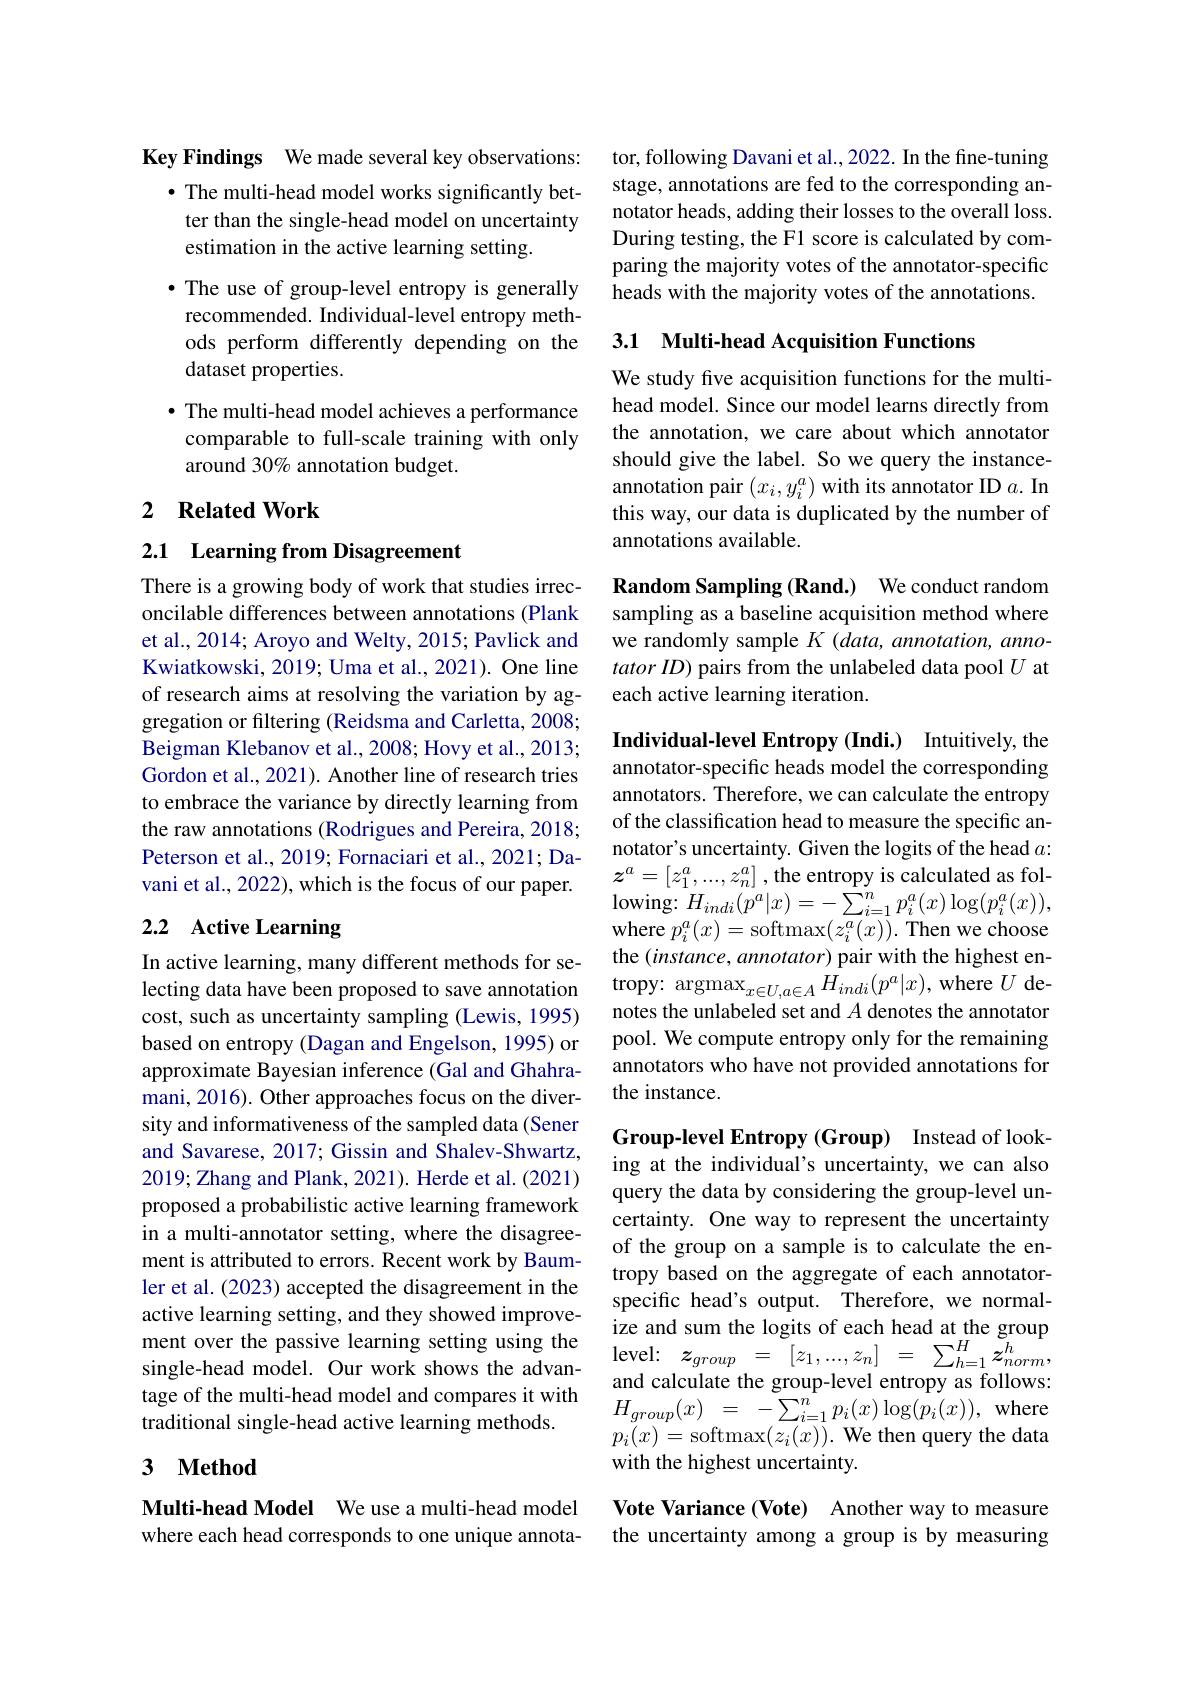
Key Findings We made several key observations:
· The multi-head model works significantly better than the single-head model on uncertainty estimation in the active learning setting.

$•$ The use of group-level entropy is generally recommended. Individual-level entropy methods perform differently depending on the dataset properties.
· The multi-head model achieves a performance comparable to full-scale training with only around 30% annotation budget.

## 2 $\textbf{Related Work}$

2.1 Learning from Disagreement

There is a growing body of work that studies irreconcilable differences between annotations (Plank et al., 2014; Aroyo and Welty, 2015; Pavlick and Kwiatkowski, 2019; Uma et al., 2021). One line of research aims at resolving the variation by aggregation or filtering (Reidsma and Carletta, 2008; Beigman Klebanov et al., 2008; Hovy et al., 2013; Gordon et al., 2021). Another line of research tries to embrace the variance by directly learning from the raw annotations (Rodrigues and Pereira, 2018; Peterson et al., 2019; Fornaciari et al., 2021; Davani et al., 2022), which is the focus of our paper.

## 2.2 Active Learning

In active learning, many different methods for secost, such as uncertainty sampling (Lewis, 1995) based on entropy (Dagan and Engelson, 1995) or approximate Bayesian inference (Gal and Ghahramani, 2016). Other approaches focus on the diversity and informativeness of the sampled data (Sener and Savarese, 2017; Gissin and Shalev-Shwartz, 2019; Zhang and Plank, 2021). Herde et al. (2021) proposed a probabilistic active learning framework in a multi-annotator setting, where the disagreement is attributed to errors. Recent work by Baumler et al. (2023) accepted the disagreement in the active learning setting, and they showed improvement over the passive learning setting using the single-head model. Our work shows the advantage of the multi-head model and compares it with traditional single-head active learning methods.

## 3 $\textbf{Method}$

Multi-head Model We use a multi-head model where each head corresponds to one unique annota-

tor, following Davani et al., 2022. In the fine-tuning stage, annotations are fed to the corresponding annotator heads, adding their losses to the overall loss. During testing, the F1 score is calculated by comparing the majority votes of the annotator-specific heads with the majority votes of the annotations.

## 3.1 Multi-head Acquisition Functions

We study five acquisition functions for the multihead model. Since our model learns directly from the annotation, we care about which annotator should give the label. So we query the instanceannotation pair $(x_i,y_i^a)$ with its annotator ID $a.$ In this way, our data is duplicated by the number of annotations available.

Random Sampling (Rand.) We conduct random sampling as a baseline acquisition method where we randomly sample $K$ (data, annotation, annotator ID) pairs from the unlabeled data pool $U$ at each active learning iteration.

Individual-level Entropy (Indi.) Intuitively, the annotator-specific heads model the corresponding annotators. Therefore, we can calculate the entropy of the classification head to measure the specific annotator's uncertainty. Given the logits of the head $a:$ $z^a=[z_1^a,...,z_n^a]$ ,the entropy is calculated as fol- $\operatorname{lowing:}H_{indi}(p^{a}|x)=-\sum_{i=1}^{n}p_{i}^{a}(x)\log(p_{i}^{a}(x))$, where $p_i^a(x)=$softmax$(z_i^a(x)).$ Then we choose the $(instance,annotator)$ pair with the highest en-
lecting data have been proposed to save annotation tropy: $\operatorname*{argmax}_{x\in U,a\in A}H_{indi}(p^a|x)$, where $U$ de-
notes the unlabeled set and $A$ denotes the annotator pool. We compute entropy only for the remaining annotators who have not provided annotations for the instance.

Group-level Entropy (Group) Instead of looking at the individual's uncertainty, we can also query the data by considering the group-level uncertainty. One way to represent the uncertainty of the group on a sample is to calculate the entropy based on the aggregate of each annotatorspecific head's output. Therefore, we normalize and sum the logits of each head at the group ${\mathrm{level: }}$ $z_{group}$ = $[ z_{1}, . . . , z_{n}]$ = $\sum _{h= 1}^{H}z_{norm}^{h}$, and calculate the group-level entropy as follows: $H_{group}( x)$ = $- \sum _{i= 1}^{n}p_{i}( x) \log ( p_{i}( x) ) $,where $p_{i}(x)=$softmax$(z_i(x)).$ We then query the data with the highest uncertainty.

Vote Variance (Vote) Another way to measure the uncertainty among a group is by measuring